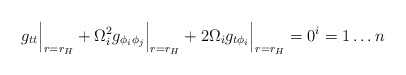
\begin{align*} g_{tt}\Big|_{r=r_H} + \Omega_i^2 g_{\phi_i\phi_j}\Big|_{r=r_H} + 2 \Omega_i g_{t \phi_i}\Big|_{r=r_H} = 0\sp i = 1 \ldots n\end{align*}